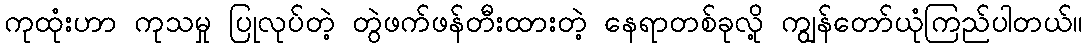
ကုထုံးဟာ ကုသမှု ပြုလုပ်တဲ့ တွဲဖက်ဖန်တီးထားတဲ့ နေရာတစ်ခုလို့ ကျွန်တော်ယုံကြည်ပါတယ်။